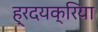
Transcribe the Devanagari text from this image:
ह्रदयक्रिया